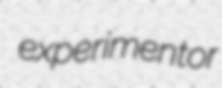
experimentor